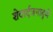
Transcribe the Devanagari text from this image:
शेवार्दजनाद्जे